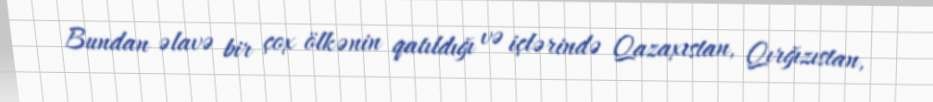
Bundan əlavə bir çox ölkənin qatıldığı və içlərində Qazaxıstan, Qırğızıstan,